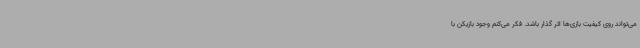
می‌تواند روی کیفیت بازی‌ها اثر گذار باشد. فکر می‌کنم وجود بازیکن با